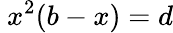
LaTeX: \ x^{2}(b-x)=d